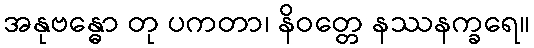
အနုဗန္ဓော တု ပကတာ၊ နိဝတ္တေ နဿနက္ခရေ။